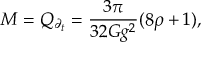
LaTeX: M = Q _ { \partial _ { t } } = \frac { 3 \pi } { 3 2 G g ^ { 2 } } ( 8 \rho + 1 ) ,